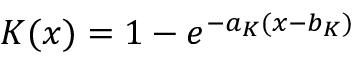
K ( x ) = 1 - e ^ { - a _ { K } ( x - b _ { K } ) }